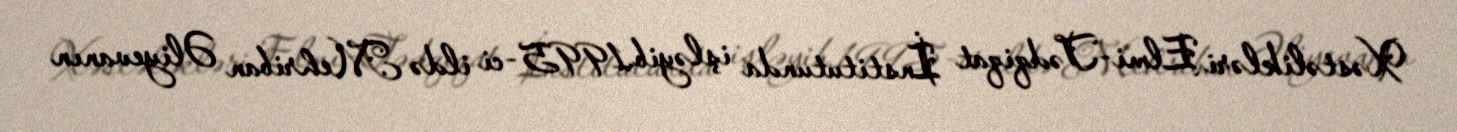
Xəstəlikləri Elmi-Tədqiqat İnstitutunda işləyib.1995-ci ildə Mehriban Əliyevanın